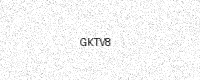
Text: GKTV8